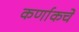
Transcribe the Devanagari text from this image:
कर्णाकचे